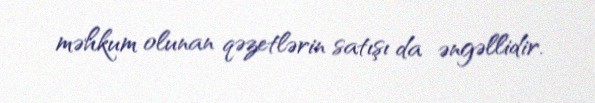
məhkum olunan qəzetlərin satışı da əngəllidir.